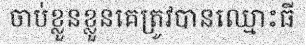
ចាប់ខ្លួនខ្លួនគេត្រូវបានឈ្មោះធី